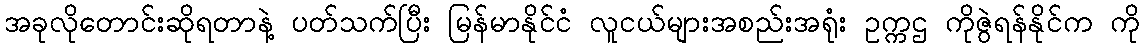
အခုလိုတောင်းဆိုရတာနဲ့ ပတ်သက်ပြီး မြန်မာနိုင်ငံ လူငယ်များအစည်းအရုံး ဥက္ကဌ ကိုဇွဲရန်နိုင်က ကို